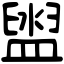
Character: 盥